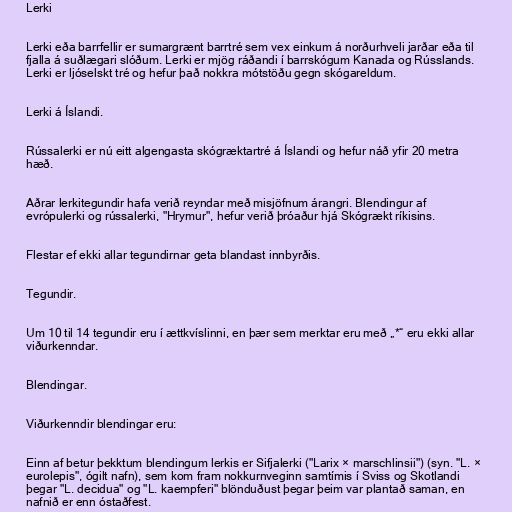
Lerki

Lerki eða barrfellir er sumargrænt barrtré sem vex einkum á norðurhveli jarðar eða til
fjalla á suðlægari slóðum. Lerki er mjög ráðandi í barrskógum Kanada og Rússlands.
Lerki er ljóselskt tré og hefur það nokkra mótstöðu gegn skógareldum.

Lerki á Íslandi.

Rússalerki er nú eitt algengasta skógræktartré á Íslandi og hefur náð yfir 20 metra
hæð.

Aðrar lerkitegundir hafa verið reyndar með misjöfnum árangri. Blendingur af
evrópulerki og rússalerki, "Hrymur", hefur verið þróaður hjá Skógrækt ríkisins.

Flestar ef ekki allar tegundirnar geta blandast innbyrðis.

Tegundir.

Um 10 til 14 tegundir eru í ættkvíslinni, en þær sem merktar eru með „*“ eru ekki allar
viðurkenndar.

Blendingar.

Viðurkenndir blendingar eru:

Einn af betur þekktum blendingum lerkis er Sifjalerki ("Larix × marschlinsii") (syn. "L. ×
eurolepis", ógilt nafn), sem kom fram nokkurnveginn samtímis í Sviss og Skotlandi
þegar "L. decidua" og "L. kaempferi" blönduðust þegar þeim var plantað saman, en
nafnið er enn óstaðfest.